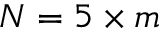
N = 5 \times m